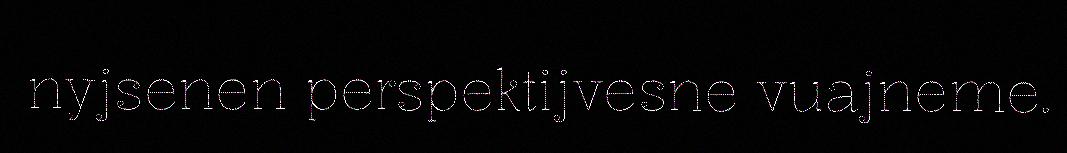
nyjsenen perspektijvesne vuajneme.